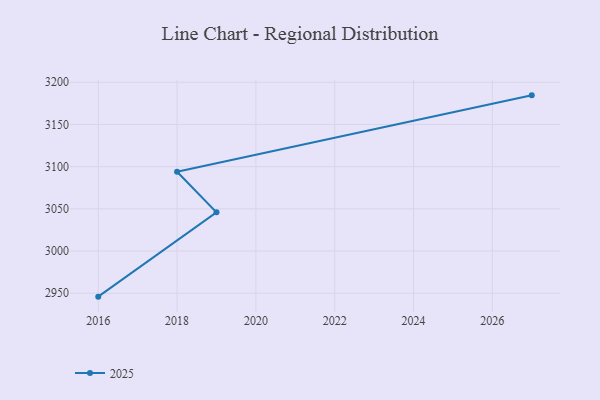
{"axis": {"x": "Year", "y": "Revenue (USD Million)"}, "legend": ["2025"], "data": [{"x": "2027", "y": 3184.5, "type": "2025"}, {"x": "2018", "y": 3093.9, "type": "2025"}, {"x": "2019", "y": 3046.0, "type": "2025"}, {"x": "2016", "y": 2946.0, "type": "2025"}]}